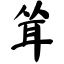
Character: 耸